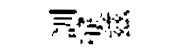
訓釀兹